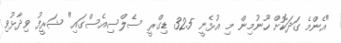
"އެންމެ ގަދަކޮށް ހޫނުމިން މި އުޅެނީ 32.5 ޑިގްރީ ސެލްސިއެސްގައި" ޝަރީފު ވިދާޅުވި